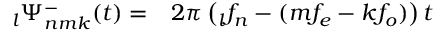
\begin{array} { r l } { \phantom { } _ { l } \Psi _ { n m k } ^ { - } ( t ) = } & { { } 2 \pi \left( \phantom { } _ { l } f _ { n } - ( m f _ { e } - k f _ { o } ) \right) t } \end{array}